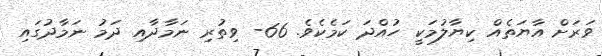
ވަރަށް އާޔަތެއް ކިޔާލުމަކީ ހުއްދަ ކަމެކެވެ. 66- ވިތުރި ނަމާދާއި ދަމު ނަމާދުގައި